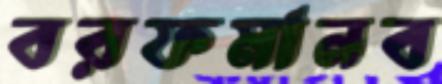
বরফমানব